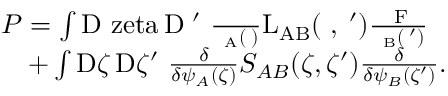
\begin{array} { r l } & { \cal { P } = \int \mathrm { D \ z e t a } \, { \mathrm { D } \zeta ^ { \prime } } \ \frac { \delta } { \delta \psi _ { A } ( \zeta ) } \cal { L } _ { A B } ( \zeta , \zeta ^ { \prime } ) \frac { \delta \cal { F } } { \delta \psi _ { B } ( \zeta ^ { \prime } ) } } \\ & { \quad + \int { \mathrm { D } \zeta } \, { \mathrm { D } \zeta ^ { \prime } } \ \frac { \delta } { \delta \psi _ { A } ( \zeta ) } \cal { S } _ { A B } ( \zeta , \zeta ^ { \prime } ) \frac { \delta } { \delta \psi _ { B } ( \zeta ^ { \prime } ) } . } \end{array}